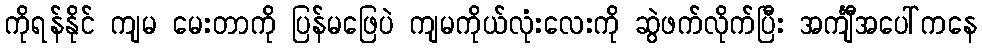
ကိုရန်နိုင် ကျမ မေးတာကို ပြန်မဖြေပဲ ကျမကိုယ်လုံးလေးကို ဆွဲဖက်လိုက်ပြီး အင်္ကျီအပေါ်ကနေ